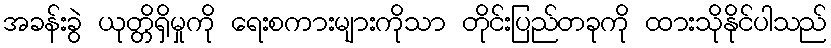
အခန်းခွဲ ယုတ္တိရှိမှုကို ရေးစကားများကိုသာ တိုင်းပြည်တခုကို ထားသိုနိုင်ပါသည်